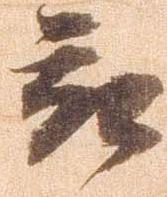
被